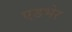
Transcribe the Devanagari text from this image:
एडभेर